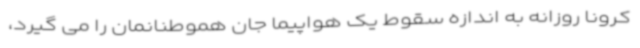
کرونا روزانه به اندازه سقوط یک هواپیما جان هموطنانمان را می گیرد،